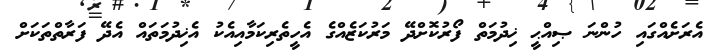
އެރަށެއްގައި ހުންނަ ޞިއްޙީ ޚިދުމަތް ފޯރުކޮށްދޭ މަރުކަޒެއްގެ އެހީތެރިކަމާއިއެކު އެޚިދުމަތައް އެދޭ ފަރާތްތަކަށް